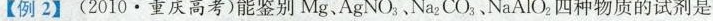
【例 2】(2010·重庆高考)能鉴别 Mg、AgNO _{3}.Na _{2}CO _{3} .NaAlO_{2}四种物质的试剂是 ( )